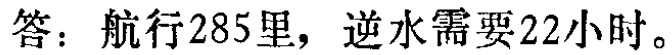
答：航行285里，逆水需要22小时。